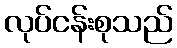
လုပ်ငန်းစုသည်